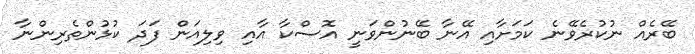
ބޭރެއް ނުކުރެވޭނެ ކަމަށާއި އޭނާ ބޭނުންވަނީ އޮސްކާ އާއި ވިލިއަން ފަދަ ކުޅުންތެރިންނާ